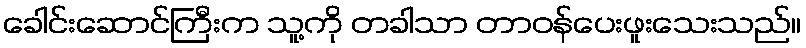
ခေါင်းဆောင်ကြီးက သူ့ကို တခါသာ တာဝန်ပေးဖူးသေးသည်။